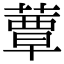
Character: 蕈